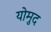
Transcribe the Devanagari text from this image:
योमुद